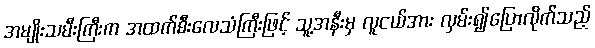
အမျိုးသမီးကြီးက အထက်စီးလေသံကြီးဖြင့် သူ့အနီးမှ လူငယ်အား လှမ်း၍ပြောလိုက်သည့်